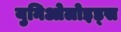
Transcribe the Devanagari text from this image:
युनिओलोइड्स